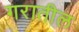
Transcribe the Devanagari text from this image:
गरातील